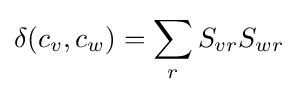
\delta (c_{v},c_{w})=\sum _{r}S_{vr}S_{wr}